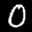
Label: 0